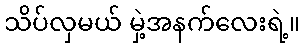
သိပ်လှမယ် မှဲ့အနက်လေးရဲ့။